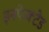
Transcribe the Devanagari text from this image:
इनफेक्टेड